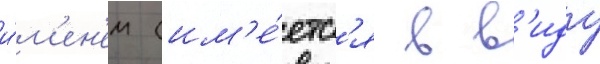
и́м'ен'ем (им'е́етс'я в в'иду